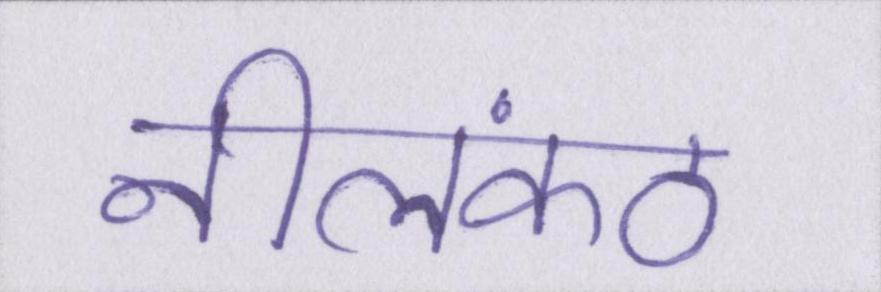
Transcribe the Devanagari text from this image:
नीलकंठ